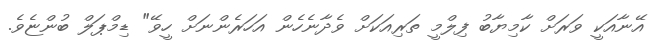
އޭނާއަކީ ވަރަށް ކާމިޔާބު ފިލްމީ ތަރިއަކަށް ވެދާނެހެން އަހަރެންނަށް ހީވޭ" ޑިމްޕަލް ބުންޏެވެ.